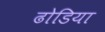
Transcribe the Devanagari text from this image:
ढोडिया